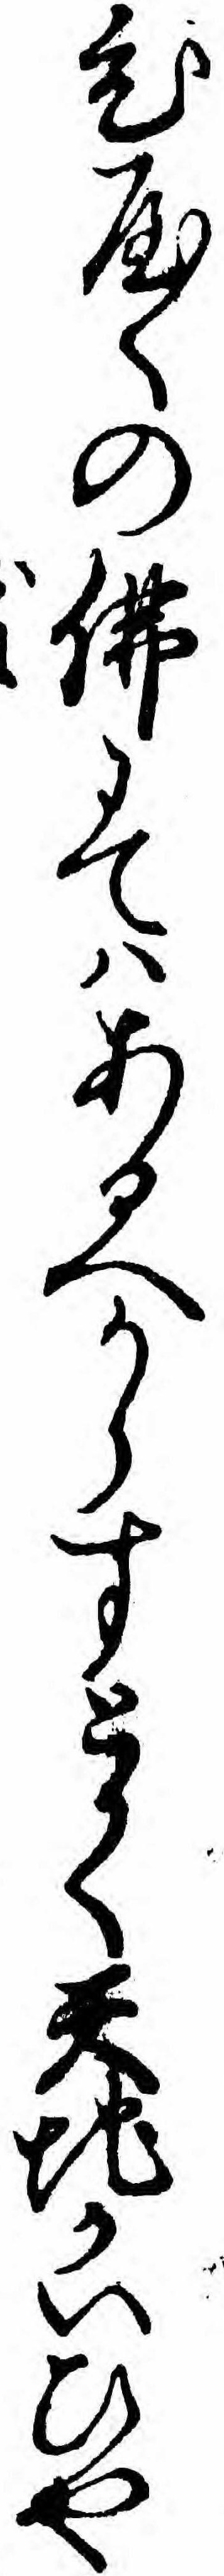
ひやくの仏にてハあるへからすとかく天地かいひや